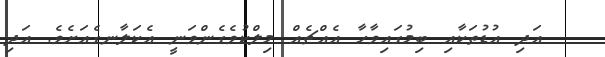
އަދި އުޑުތަކާއި ބިމުގައިވާހާ އެއްޗެއް މިލްކުވެގެންވަނީ އެކަލާނގެއަށެވެ. އަދި